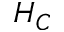
H _ { C }